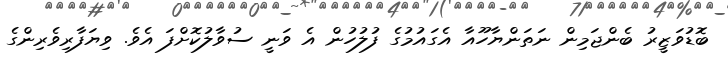
ބޮޑުވަޒީރު ބެންޖަމިން ނަތަންޔާހޫއާ އެގައުމުގެ ފުލުހުން އެ ވަނީ ސުވާލުކޮށްފަ އެވެ. ވިޔަފާރިވެރިންގެ